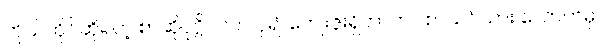
ကိုယ်တိုင်ဆိုရတဲ့ စာဆိုပုဂ္ဂိုလ်က ပို၍ ကျေးဇူးရှိတာဟာ စာသင်သား လောကမှာ